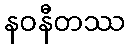
နဝနီတဿ